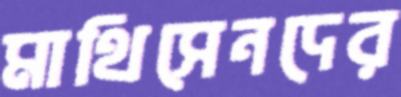
মাথিসেনদের